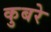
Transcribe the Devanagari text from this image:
कुबरे